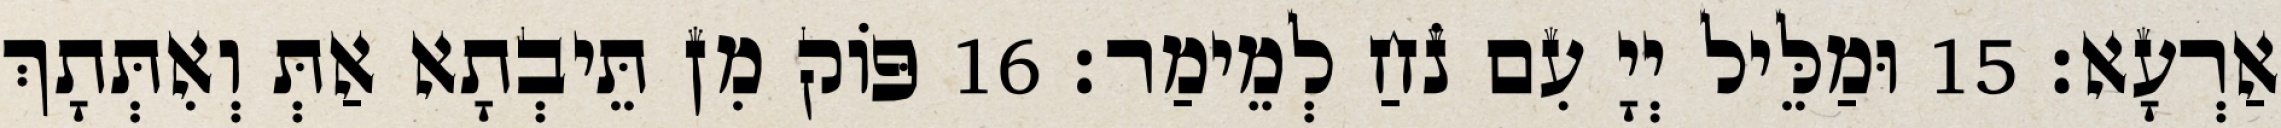
אַרְעָא׃ 15 וּמַלֵּיל יְיָ עִם נֹחַ לְמֵימַר׃ 16 פּוֹק מִן תֵּיבְתָא אַתְּ וְאִתְּתָךְ